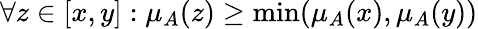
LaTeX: \forall z\in[x,y]:\mu_{A}(z)\geq\operatorname*{min}(\mu_{A}(x),\mu_{A}(y))